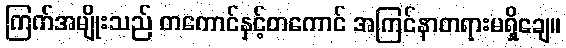
ကြက်အမျိုးသည် တကောင်နှင့်တကောင် အကြင်နာတရားမရှိချေ။